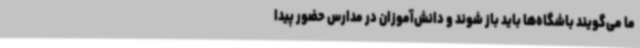
ما می‌گویند باشگاه‌ها باید باز شوند و دانش‌آموزان در مدارس حضور پیدا